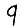
Digit: 9